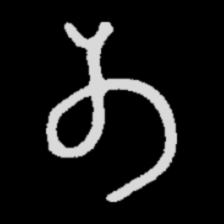
Pyu character \u2014 Myanmar letter: တ (romanized: ta)